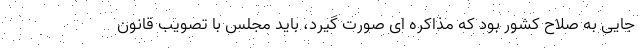
جایی به صلاح کشور بود که مذاکره ای صورت گیرد، باید مجلس با تصویب قانون